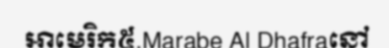
អាមេរិក៥.Marabe Al Dhafraនៅ